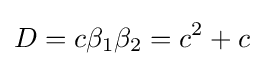
D=c\beta _{1}\beta _{2}=c^{2}+c